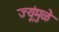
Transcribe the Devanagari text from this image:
ज्यूंमुळे